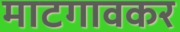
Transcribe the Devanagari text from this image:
माटगावकर